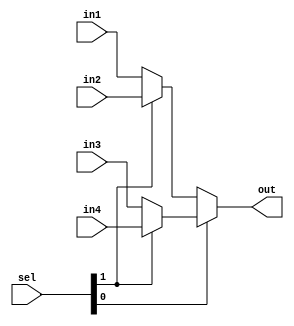
module mux_param #(parameter size=16)(
	input [1:0] sel,
	input [size-1:0] in1, in2, in3, in4,
	output [size-1:0] out
	);
	
	assign out = sel[0]? (sel[1]? in4 : in3) : (sel[1]? in2 : in1);
	

endmodule